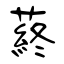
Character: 蔠